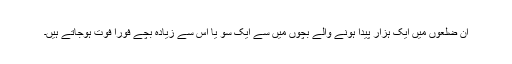
ان ضلعوں میں ایک ہزار پیدا ہونے والے بچوں میں سے ایک سو یا اس سے زیادہ بچے فورا فوت ہوجاتے ہیں۔